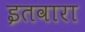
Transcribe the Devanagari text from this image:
इतवारा